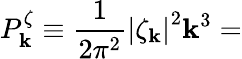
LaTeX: P_{\mathbf{k}}^{\zeta}\equiv\frac{{1}}{{2\pi^{2}}}\left|\zeta_{\mathbf{k}}\right|^{2}\mathbf{k}^{3}=